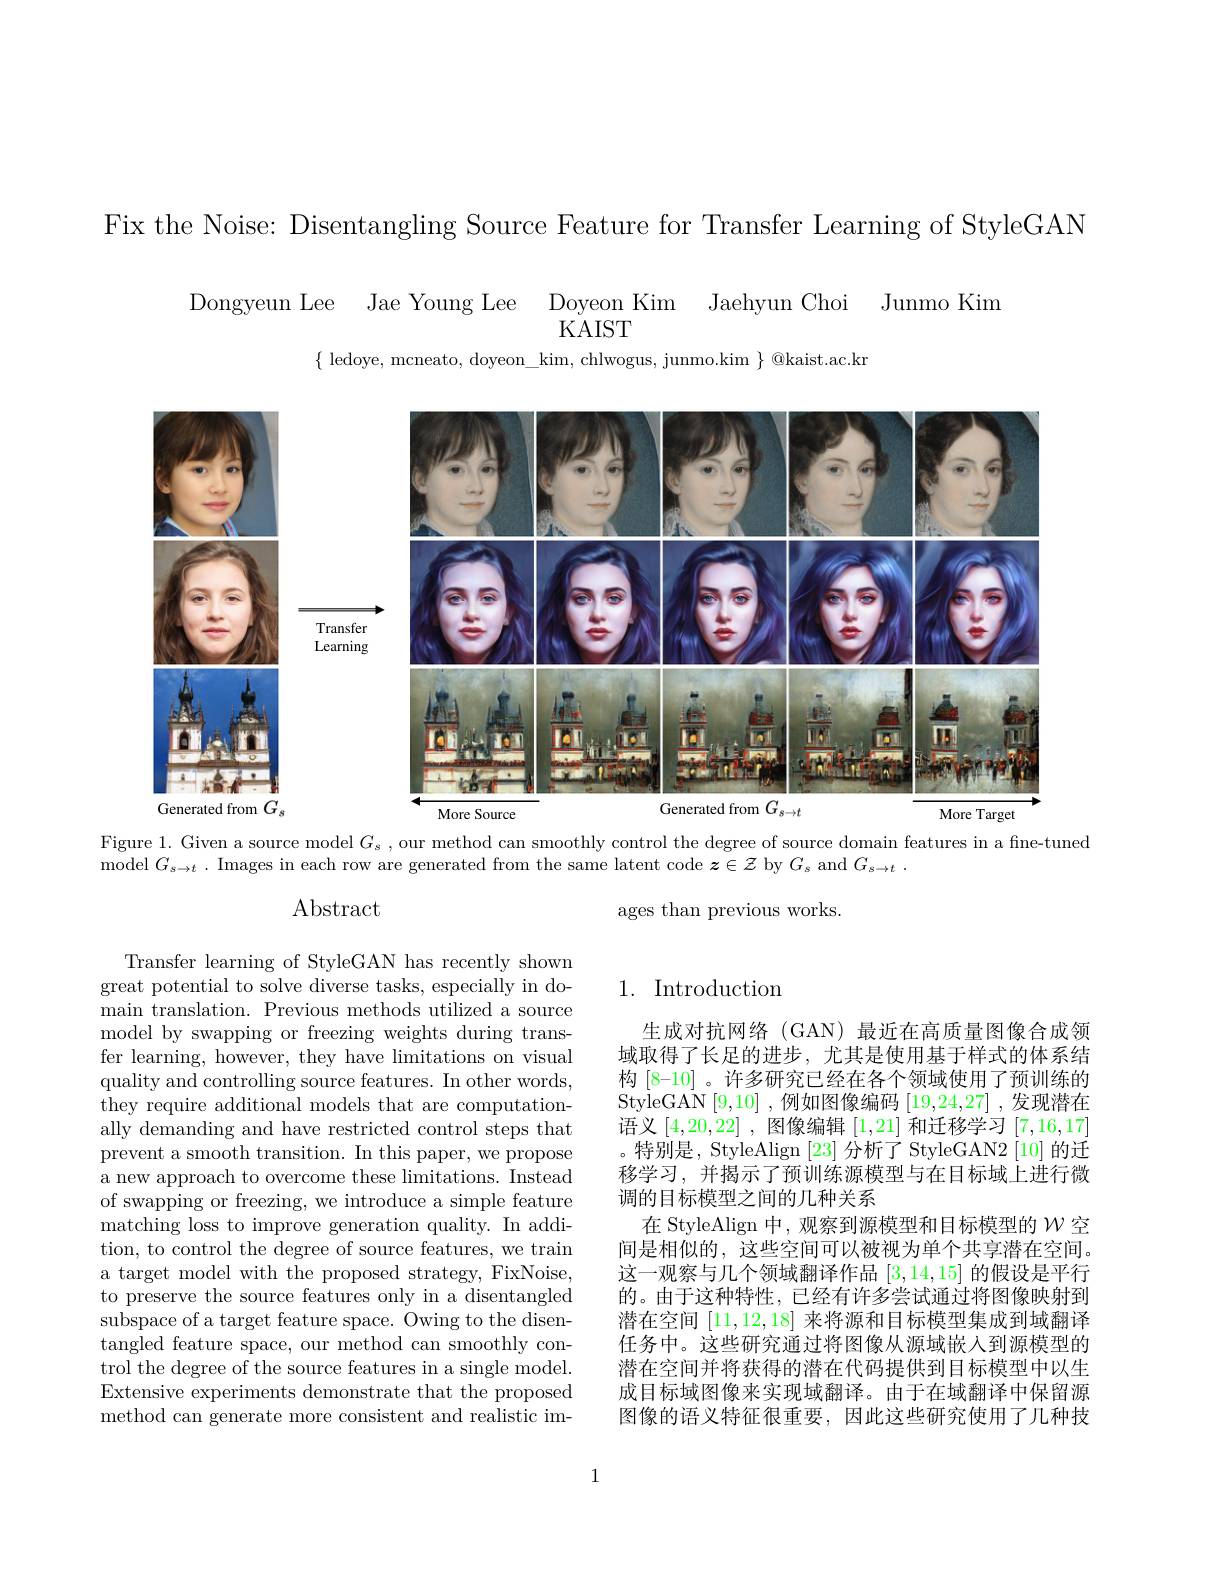
Fix the Noise: Disentangling Source Feature for Transfer Learning of StyleGAN

Dongyeun Lee Jae Young Lee Doyeon Kim Jaehyun Choi Junmo Kim
$\{\begin{array}{c}{\mathrm{ledoye,~mcneato,~doyeon\_kim,~chlwogus,~junmo.kim~}}\\\end{array}\}$@kaist.ac.kr

<FigureHere>

Figure 1. Given a source model $G_s$, our method can smoothly control the degree of source domain features in a fine-tuned

model $G_s\to t.$ Images in each row are generated from the same latent code $\boldsymbol z\in\mathcal{Z}$ by $G_s$ and $G_s\to t.$

## Abstract

ages than previous works.

## 1. Introduction

Transfer learning of StyleGAN has recently shown great potential to solve diverse tasks, especially in domain translation. Previous methods utilized a source model by swapping or freezing weights during transfer learning, however, they have limitations on visual quality and controlling source features. In other words, they require additional models that are computationally demanding and have restricted control steps that prevent a smooth transition. In this paper, we propose a new approach to overcome these limitations. Instead of swapping or freezing, we introduce a simple feature matching loss to improve generation quality. In addition, to control the degree of source features, we train a target model with the proposed strategy, FixNoise, to preserve the source features only in a disentangled subspace of a target feature space. Owing to the disentangled feature space, our method can smoothly control the degree of the source features in a single model. Extensive experiments demonstrate that the proposed method can generate more consistent and realistic im-

生成对抗网络(GAN)最近在高质量图像合成领域取得了长足的进步，尤其是使用基于样式的体系结构 [8-10] 。许多研究已经在各个领域使用了预训练的StyleGAN [ 9, 10] , 例 如 图 像 编 码 [ 19, 24, 27] , 发 现 潜 在 语义[4,20,22] ,图像编辑[1,21]和迁移学习[7,16,17] 。特别是，StyleAlign [23] 分析了 StyleGAN2 [10] 的迁移学习，并揭示了预训练源模型与在目标域上进行微调的目标模型之间的几种关系
在 StyleAlign 中，观察到源模型和目标模型的$\mathcal{W}$空间是相似的，这些空间可以被视为单个共享潜在空间。这一观察与几个领域翻译作品[3,14,15]的假设是平行的。由于这种特性，已经有许多尝试通过将图像映射到潜在空间[11,12,18]来将源和目标模型集成到域翻译任务中。这些研究通过将图像从源域嵌人到源模型的潜在空间并将获得的潜在代码提供到目标模型中以生成目标域图像来实现域翻译。由于在域翻译中保留源图像的语义特征很重要，因此这些研究使用了几种技

1